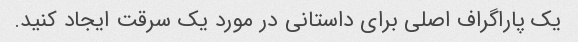
یک پاراگراف اصلی برای داستانی در مورد یک سرقت ایجاد کنید.